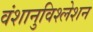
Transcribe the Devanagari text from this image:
वंशानुविश्लेशन